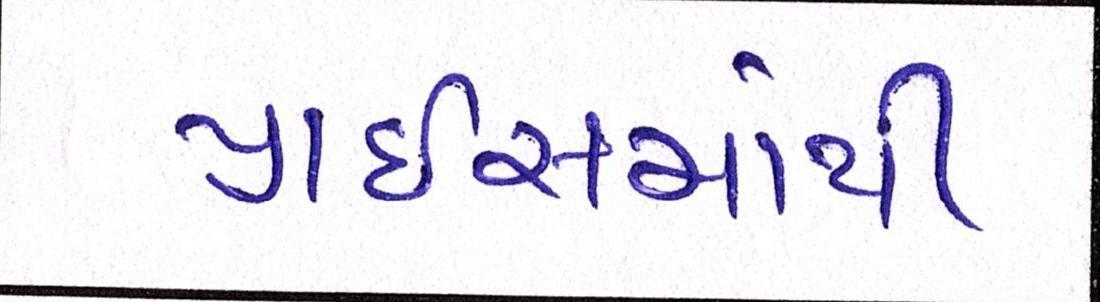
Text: પ્રાઇસમાંથી